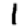
Digit: 1